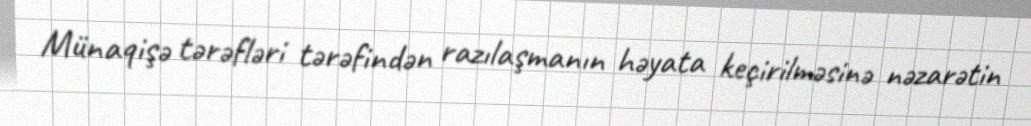
Münaqişə tərəfləri tərəfindən razılaşmanın həyata keçirilməsinə nəzarətin